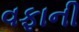
વફાની